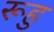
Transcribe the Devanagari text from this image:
रूहु